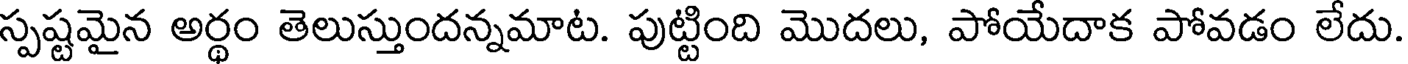
స్పష్టమైన అర్థం తెలుస్తుందన్నమాట. పుట్టింది మొదలు, పోయేదాక పోవడం లేదు